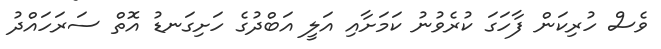
ވެސް ހުރިކަން ފާހަގަ ކުރެވުނު ކަމަށާއި އަލީ އަބްދުގެ ހަށިގަނޑު އޮތް ސަރަހައްދު